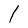
Character: I